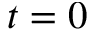
t = 0